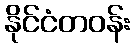
နိုင်ငံတဝန်း